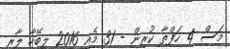
މަސް 4 ހަފްތާ ކުރިން - 31 މެއި 2016 ލިބޭހާ ލާރި